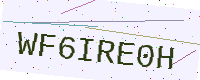
Text: WF6IRE0H